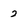
Character: 2